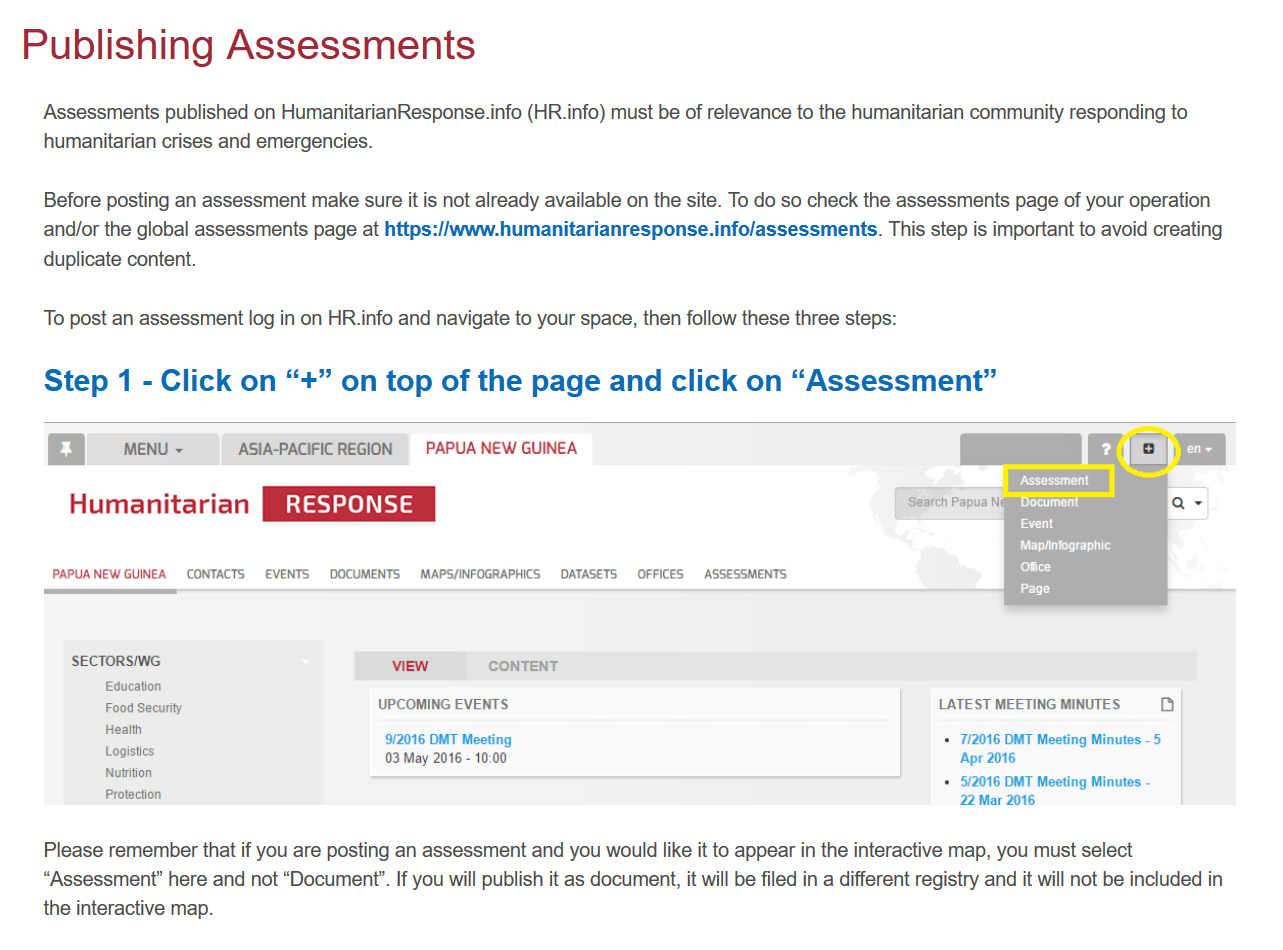
Before posting an assessment make sure it is not already available on the site. To do so check the assessments page of your operation
     and/or the global assessments page at https://www.humanitarianresponse.info/assessments. This step is important to avoid creating
     duplicate content.
     Please remember that if you are posting an assessment and you would like it to appear in the interactive map, you must select
     “Assessment” here and not “Document”. If you will publish it as document, it will be filed in a different registry and it will not be included in
     the interactive map.

     GB    MENU ~    ASIA-PACIFICREGION
    =
     PAPUA NEW GUINEA
     reer
     Humanitarian    9st    een
     Event
     Cres
     PAPUANEW GUINEA CONTACTS EVENTS DOCUMENTS MAPS/INFOGRAPHICS DATASETS OFFICES ASSESSMENTS
     Ce
     cory

     SEIS
     VIEW    CONTENT
     Education
     Food Security    UPCOMING EVENTS.    LATEST MEETING MINUTES o
     Health
     9/2016 DMT Meeting    + 112016 DMT Meeting Minutes -5
     os
     03 May 2016
     -
     10:00    Apr 2016
     eal
     + 5/2016 DMT Meeting Minutes -
     Protection
     22 Mar 2016
     Step    1
     -
     Click   on  “+”   on  top   of  the  page    and   click   on   “Assessment”
     To post an assessment log in on HR. info and navigate to your space, then follow these three steps:
     Assessments published on HumanitarianResponse.info (HR.info) must be of relevance to the humanitarian community responding to
     humanitarian crises and emergencies.
   Publishing    Assessments